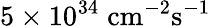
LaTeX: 5\times 10^{34}\; \mathrm{cm}^{-2}\mathrm{s}^{-1}